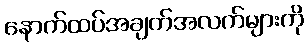
နောက်ထပ်အချက်အလက်များကို